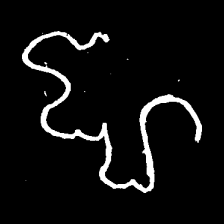
Pyu character \u2014 Myanmar letter: ဈ (romanized: jha)